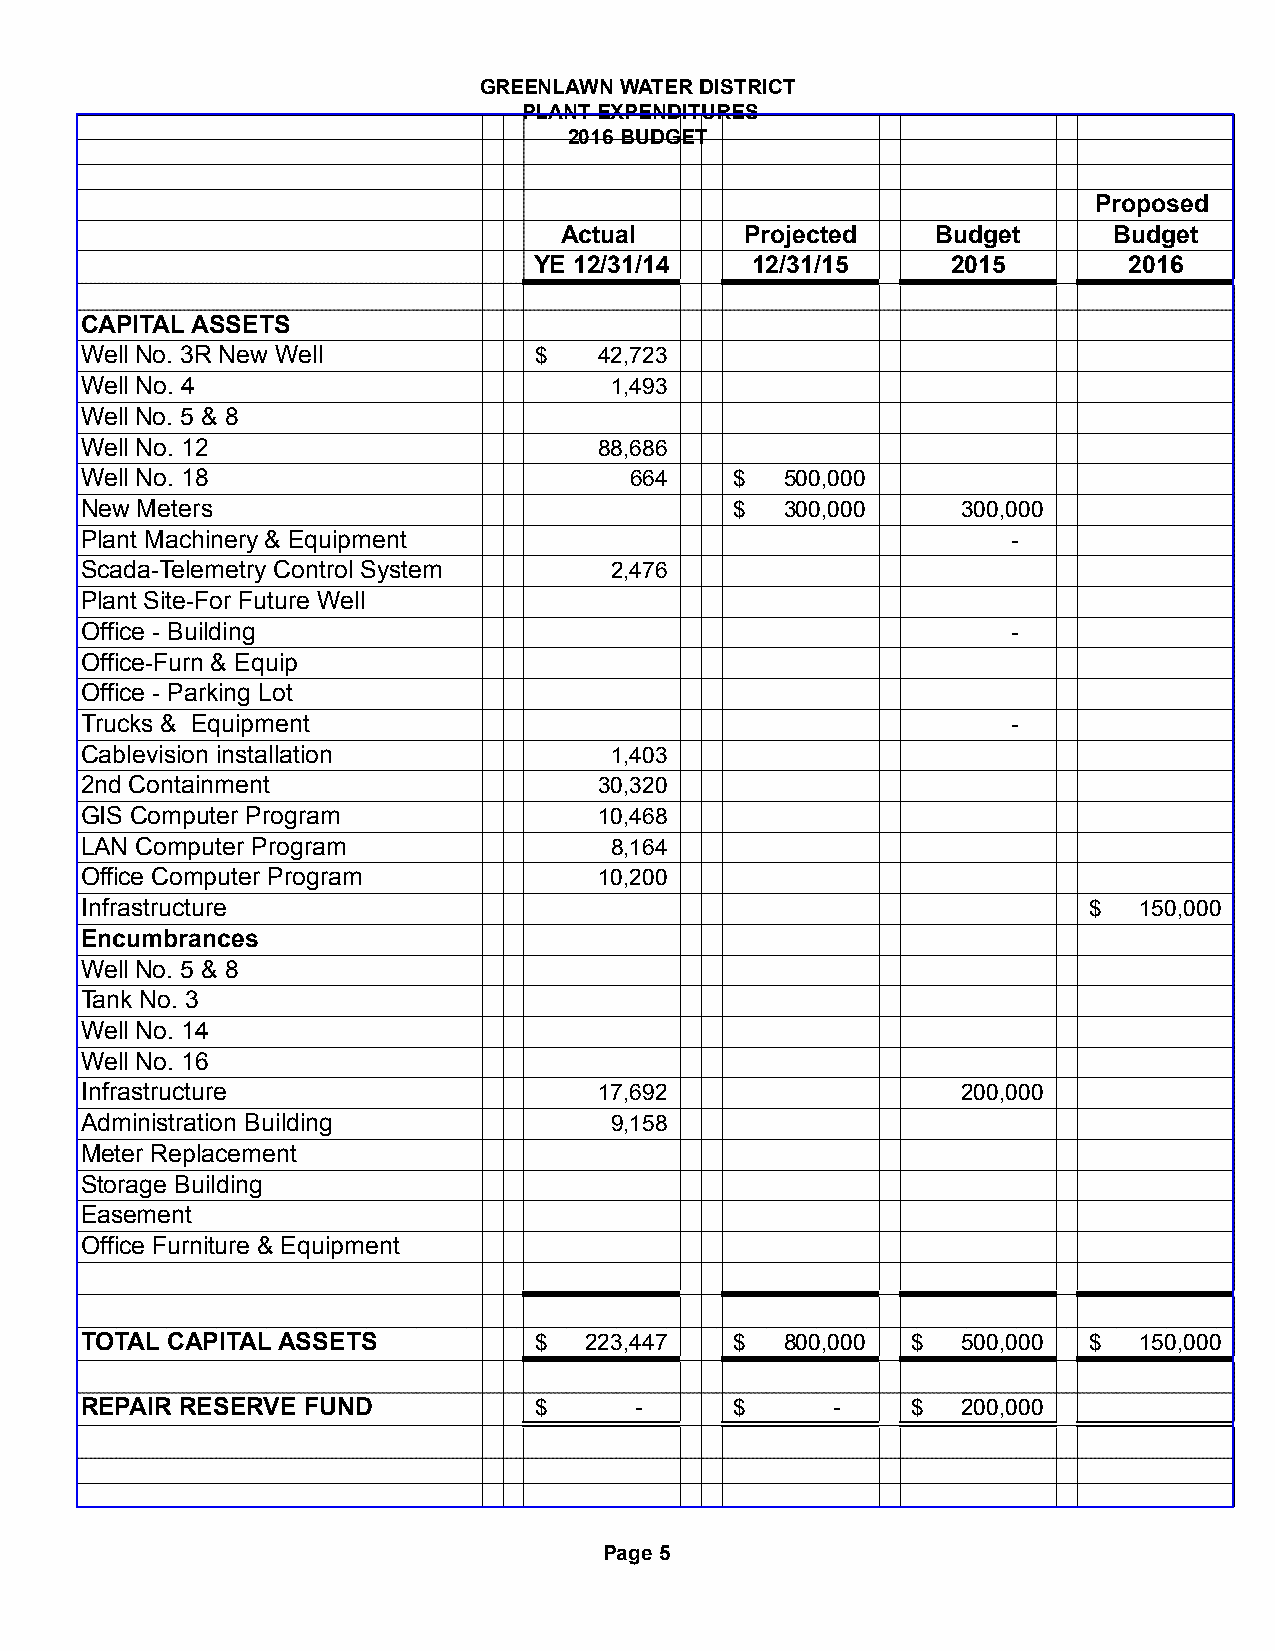
GREENLAWN WATER DISTRICT
 PLANT EXPENDITURES
 2016 BUDGET
 Proposed
 Actual      Projected    Budget      Budget
 YE 12/31/14    12/31/15     2015        2016
 CAPITAL ASSETS
 Well No. 3R New Well          $    42,723
 Well No. 4                         1 ,493
 Well No. 5 & 8
 Well No. 12                        88,686
 Well No. 18                          664    $  5 00,000
 New Meters                                  $  3 00,000    3 00,000
 Plant Machinery & Equipment                                   -
 Scada-Telemetry Control System     2 ,476
 Plant Site-For Future Well
 Office - Building                                             -
 Office-Furn & Equip
 Office - Parking Lot
 Trucks & Equipment                                            -
 Cablevision installation           1 ,403
 2nd Containment                    30,320
 GIS Computer Program               10,468
 LAN Computer Program               8 ,164
 Office Computer Program            10,200
 Infrastructure                                                     $  1 50,000
 Encumbrances
 Well No. 5 & 8
 Tank No. 3
 Well No. 14
 Well No. 16
 Infrastructure                     17,692                  2 00,000
 Administration Building            9 ,158
 Meter Replacement
 Storage Building
 Easement
 Office Furniture & Equipment
 TOTAL CAPITAL ASSETS          $   2 23,447  $  8 00,000 $  5 00,000 $ 1 50,000
 REPAIR RESERVE FUND           $      -      $     -    $   2 00,000
 Page 5